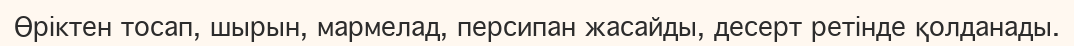
Өріктен тосап, шырын, мармелад, персипан жасайды, десерт ретінде қолданады.